Indian journal of veterinary science and animal husbandry - Volume 4,
Year: 1934
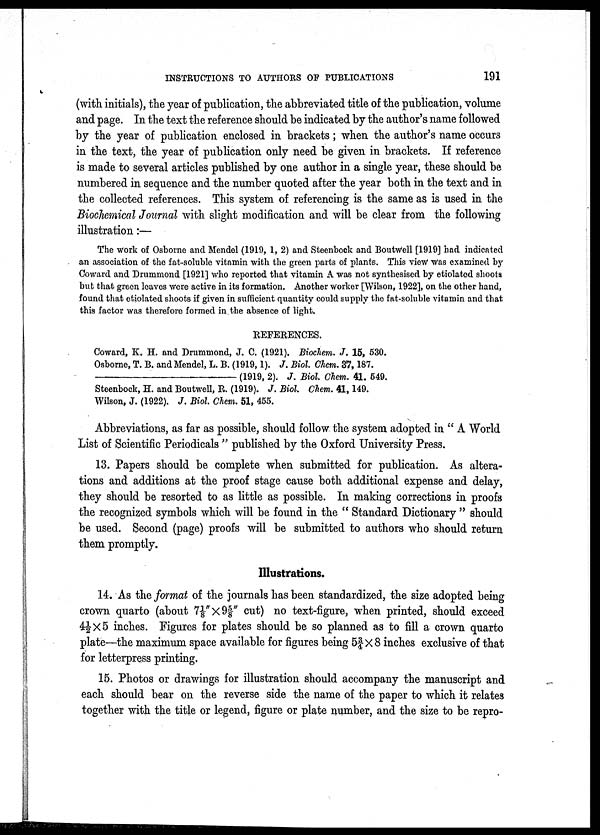
INSTRUCTIONS TO AUTHORS OF PUBLICATIONS
191
(with initials), the year of publication, the abbreviated title of the publication, volume
and page. In the text the reference should be indicated by the author's name followed
by the year of publication enclosed in brackets; when the author's name occurs
in the text, the year of publication only need be given in brackets. If reference
is made to several articles published by one author in a single year, these should be
numbered in sequence and the number quoted after the year both in the text and in
the collected references. This system of referencing is the same as is used in the
Biochemical Journal with slight modification and will be clear from the following
illustration:—
The work of Osborne and Mendel (1919, 1, 2) and Steenbock and Boutwell [1919] had indicated
an association of the fat-soluble vitamin with the green parts of plants. This view was examined by
Coward and Drummond [1921] who reported that vitamin A was not synthesised by etiolated shoots
but that green leaves were active in its formation. Another worker [Wilson, 1922], on the other hand,
found that etiolated shoots if given in sufficient quantity could supply the fat-soluble vitamin and that
this factor was therefore formed in the absence of light.
REFERENCES.
Coward, K. H. and Drummond, J. C. (1921). Biochem. J. 15, 530.
Osborne, T. B. and Mendel, L. B. (1919,1). J. Biol. Chem. 37,187.
(1919, 2). J. Biol. Chem. 41. 549.
Steenbock, H. and Boutwell, R. (1919). J. Biol. Chem. 41,149.
Wilson, J. (1922). J. Biol. Chem. 51, 455.
Abbreviations, as far as possible, should follow the system adopted in " A World
List of Scientific Periodicals " published by the Oxford University Press.
13. Papers should be complete when submitted for publication. As altera
tions and additions at the proof stage cause both additional expense and delay,
they should be resorted to as little as possible. In making corrections in proofs
the recognized symbols which will be found in the " Standard Dictionary " should
be used. Second (page) proofs will be submitted to authors who should return
them promptly.
Illustrations.
14. As the format of the journals has been standardized, the size adopted being
crown quarto (about 7⅛"×9⅝" cut) no text-figure, when printed, should exceed
4½×5 inches. Figures for plates should be so planned as to fill a crown quarto
plate—the maximum space available for figures being 5¾ ×8 inches exclusive of that
for letterpress printing.
15. Photos or drawings for illustration should accompany the manuscript and
each should bear on the reverse side the name of the paper to which it relates
together with the title or legend, figure or plate number, and the size to be repro¬